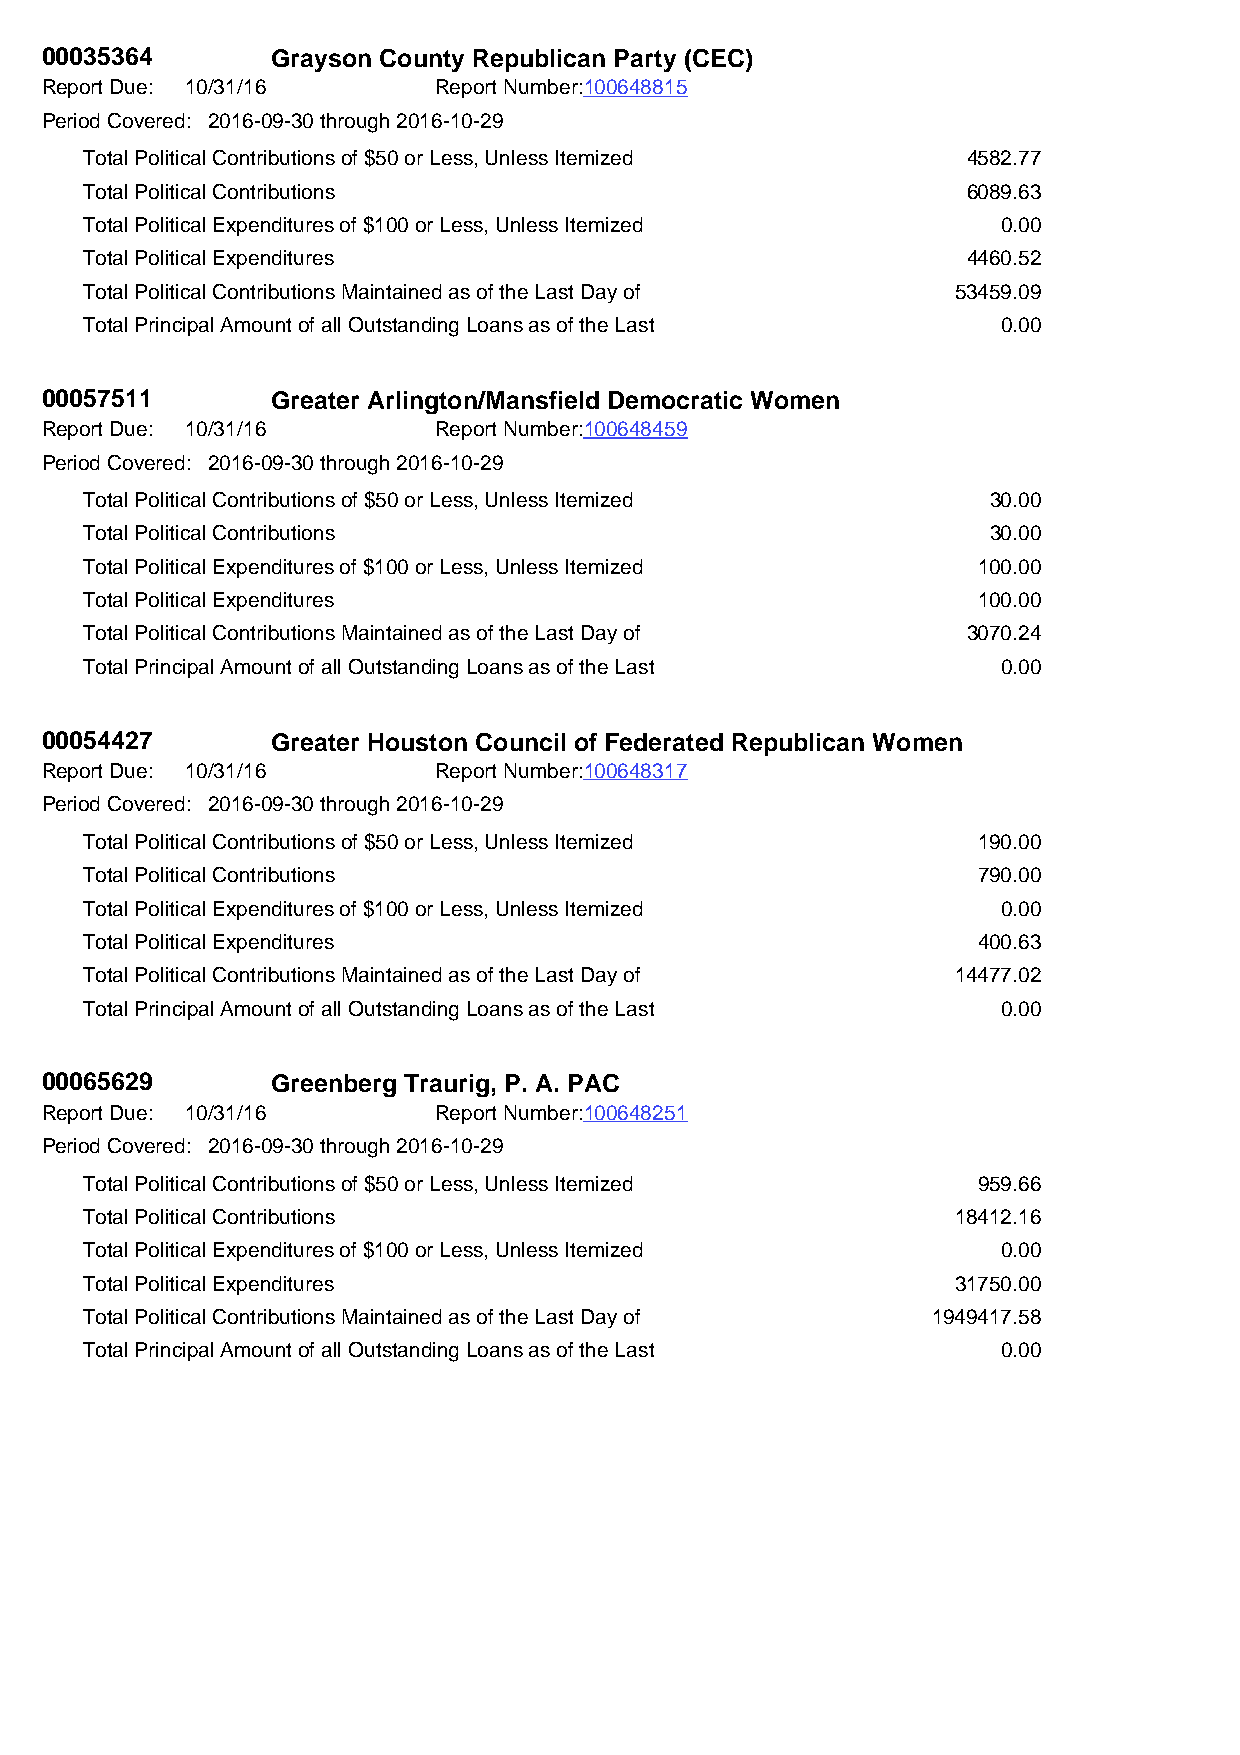
00035364       Grayson County Republican Party (CEC)
 Report Due: 10/31/16      Report Number:100648815
 Period Covered: 2016-09-30 through 2016-10-29
 Total Political Contributions of $50 or Less, Unless Itemized 4582.77
 Total Political Contributions                             6089.63
 Total Political Expenditures of $100 or Less, Unless Itemized 0.00
 Total Political Expenditures                              4460.52
 Total Political Contributions Maintained as of the Last Day of 53459.09
 Total Principal Amount of all Outstanding Loans as of the Last 0.00
 00057511       Greater Arlington/Mansfield Democratic Women
 Report Due: 10/31/16      Report Number:100648459
 Period Covered: 2016-09-30 through 2016-10-29
 Total Political Contributions of $50 or Less, Unless Itemized 30.00
 Total Political Contributions                               30.00
 Total Political Expenditures of $100 or Less, Unless Itemized 100.00
 Total Political Expenditures                               100.00
 Total Political Contributions Maintained as of the Last Day of 3070.24
 Total Principal Amount of all Outstanding Loans as of the Last 0.00
 00054427       Greater Houston Council of Federated Republican Women
 Report Due: 10/31/16      Report Number:100648317
 Period Covered: 2016-09-30 through 2016-10-29
 Total Political Contributions of $50 or Less, Unless Itemized 190.00
 Total Political Contributions                              790.00
 Total Political Expenditures of $100 or Less, Unless Itemized 0.00
 Total Political Expenditures                               400.63
 Total Political Contributions Maintained as of the Last Day of 14477.02
 Total Principal Amount of all Outstanding Loans as of the Last 0.00
 00065629       Greenberg Traurig, P. A. PAC
 Report Due: 10/31/16      Report Number:100648251
 Period Covered: 2016-09-30 through 2016-10-29
 Total Political Contributions of $50 or Less, Unless Itemized 959.66
 Total Political Contributions                            18412.16
 Total Political Expenditures of $100 or Less, Unless Itemized 0.00
 Total Political Expenditures                             31750.00
 Total Political Contributions Maintained as of the Last Day of 1949417.58
 Total Principal Amount of all Outstanding Loans as of the Last 0.00